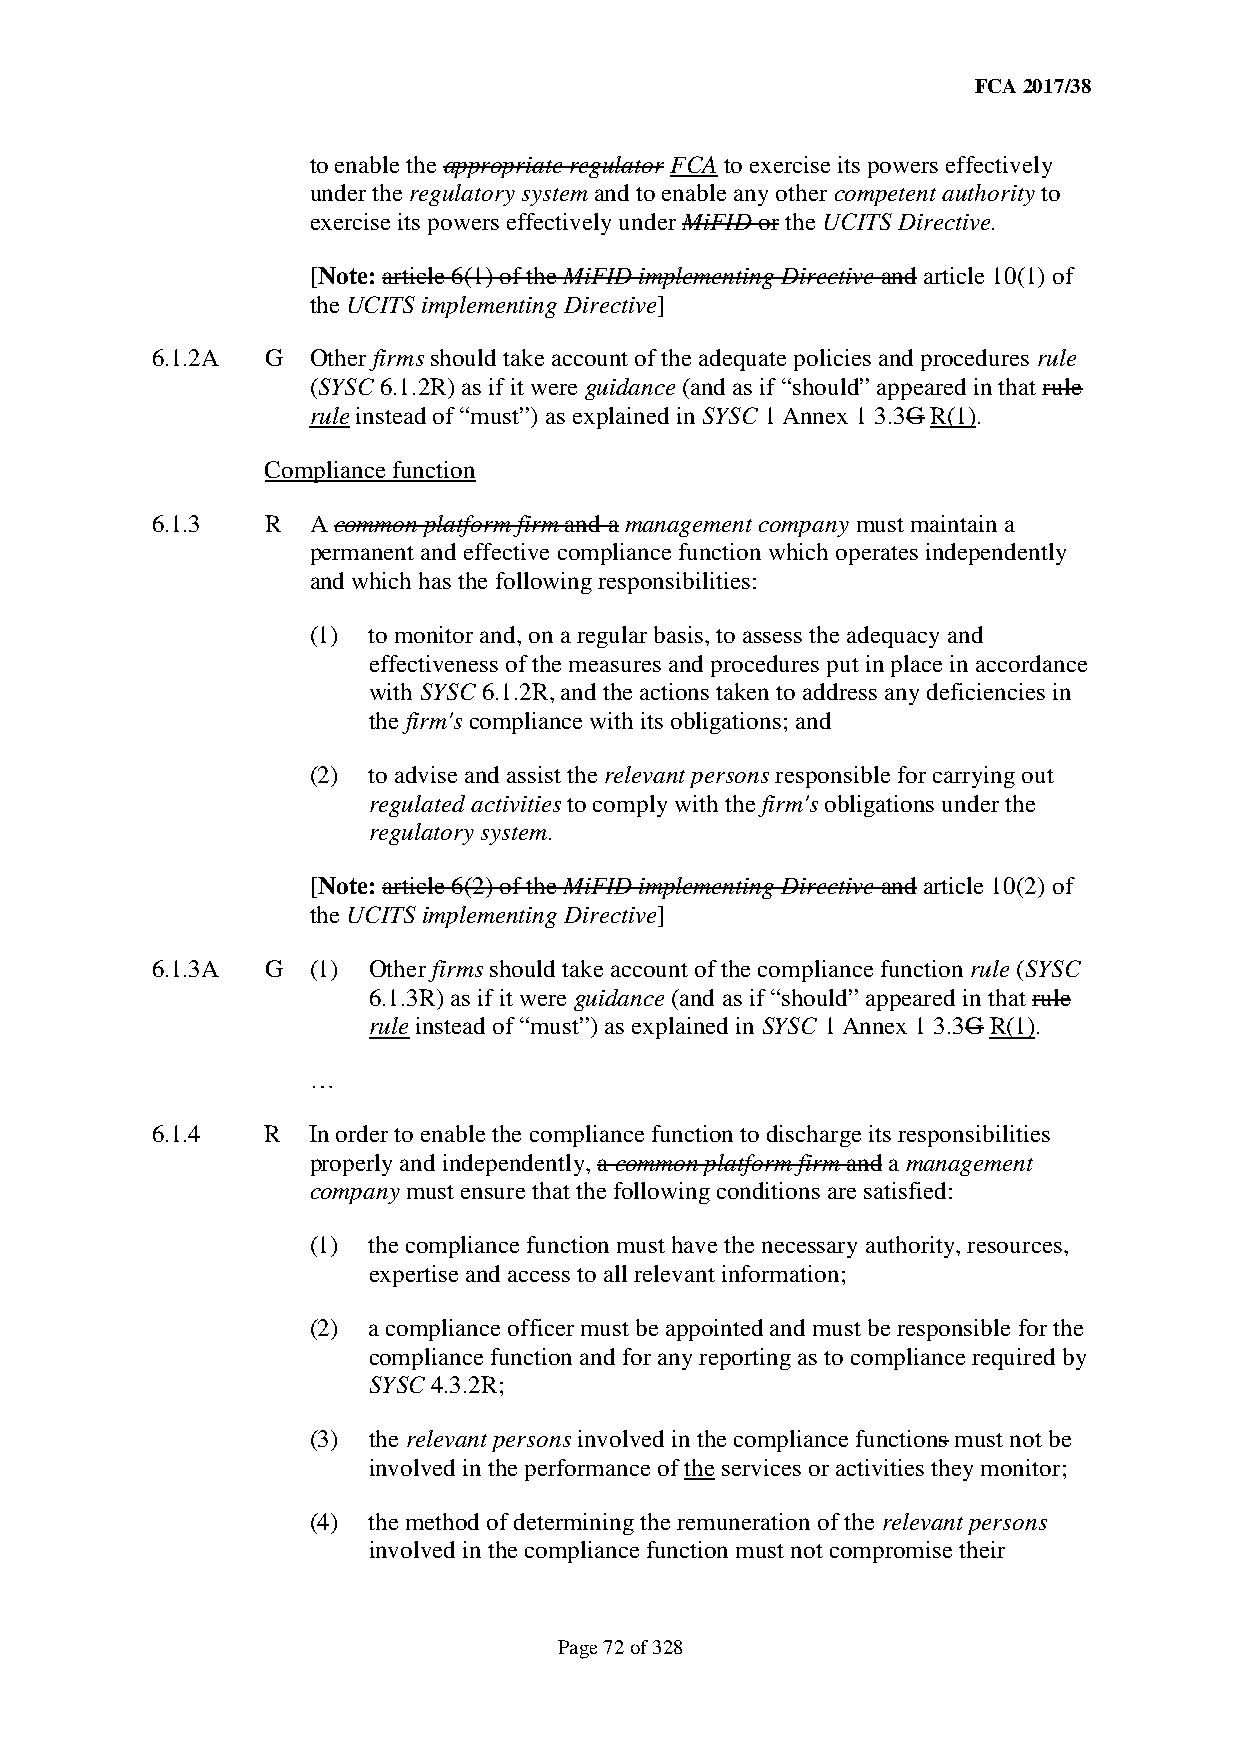
FCA 2017/38
 to enable the appropriate regulator FCA to exercise its powers effectively
 under the regulatory system and to enable any other competent authority to
 exercise its powers effectively under MiFID or the UCITS Directive.
 [Note: article 6(1) of the MiFID implementing Directive and article 10(1) of
 the UCITS implementing Directive]
 6.1.2A  G Other firms should take account of the adequate policies and procedures rule
 (SYSC 6.1.2R) as if it were guidance (and as if “should” appeared in that rule
 rule instead of “must”) as explained in SYSC 1 Annex 1 3.3G R(1).
 Compliance function
 6.1.3   R A common platform firm and a management company must maintain a
 permanent and effective compliance function which operates independently
 and which has the following responsibilities:
 (1) to monitor and, on a regular basis, to assess the adequacy and
 effectiveness of the measures and procedures put in place in accordance
 with SYSC 6.1.2R, and the actions taken to address any deficiencies in
 the firm's compliance with its obligations; and
 (2) to advise and assist the relevant persons responsible for carrying out
 regulated activities to comply with the firm's obligations under the
 regulatory system.
 [Note: article 6(2) of the MiFID implementing Directive and article 10(2) of
 the UCITS implementing Directive]
 6.1.3A  G (1) Other firms should take account of the compliance function rule (SYSC
 6.1.3R) as if it were guidance (and as if “should” appeared in that rule
 rule instead of “must”) as explained in SYSC 1 Annex 1 3.3G R(1).
 …
 6.1.4   R In order to enable the compliance function to discharge its responsibilities
 properly and independently, a common platform firm and a management
 company must ensure that the following conditions are satisfied:
 (1) the compliance function must have the necessary authority, resources,
 expertise and access to all relevant information;
 (2) a compliance officer must be appointed and must be responsible for the
 compliance function and for any reporting as to compliance required by
 SYSC 4.3.2R;
 (3) the relevant persons involved in the compliance functions must not be
 involved in the performance of the services or activities they monitor;
 (4) the method of determining the remuneration of the relevant persons
 involved in the compliance function must not compromise their
 Page 72 of 328